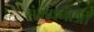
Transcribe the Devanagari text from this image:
संभवनाओं